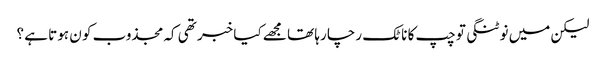
لیکن میں نوٹنگی تو چپ کا ناٹک رچا رہا تھا مجھے کیا خبر تھی کہ مجذوب کو ن ہوتا ہے ؟